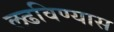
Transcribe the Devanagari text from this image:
लढविण्यास